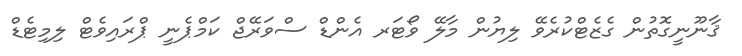
ޤާނޫނީގޮތުން ގެޒެޓްކުރެވޭ ލިޔުން މާލޭ ވޯޓަރ އެންޑް ސްވަރޭޖް ކަމްޕެނީ ޕްރައިވެޓް ލިމިޓެޑް